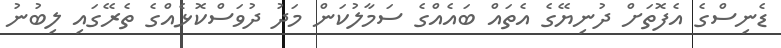
ޑެނިސްގެ އެފޮތަށް ދުނިޔޭގެ އެތައް ބައެއްގެ ސަމާލުކަން މަދު ދުވަސްކޮޅެއްގެ ތެރޭގައި ލިބުނު